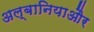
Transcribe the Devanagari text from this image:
अल्बानियाऔर